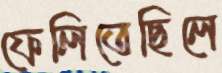
ফেলিতেছিলে